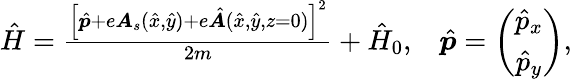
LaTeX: \begin{array}{r}{\hat{H}=\frac{\left[\hat{\boldsymbol{p}}+e\boldsymbol{A}_{s}(\hat{x},\hat{y})+e\hat{\boldsymbol{A}}(\hat{x},\hat{y},z=0)\right]^{2}}{2m}+\hat{H}_{0},\; \; \; \hat{\boldsymbol{p}}=\left(\begin{array}{c}{\hat{p}_{x}}\\ {\hat{p}_{y}}\end{array}\right),}\end{array}